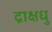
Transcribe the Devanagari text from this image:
द्राक्षधु